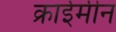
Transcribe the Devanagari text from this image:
क्राईमीन